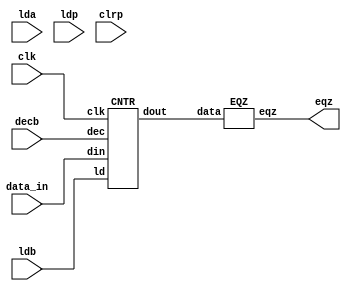
module MUL_datapath (eqz,lda,ldb,ldp,clrp,decb,data_in,clk);
    input lda,ldb,ldp,clrp,decb,clk;
    input [15:0]data_in;
    output eqz;
    wire [15:0] x,y,z,bout,bus;

    PIPO1 A (y,data_in,lda,clk);
    PIPO2 P (z,x,ldp,clrp,clk);
    CNTR B (bout,data_in,ldb,decb,clk);
    ADD AD (x,y,z);
    EQZ COMP (eqz,bout); 
endmodule



module control_circuitry (lda,ldb,ldp,clrp,decb,done,clk,eqz,start);
    input clk,start,eqz;
    output reg lda,ldb,ldp,clrp,decb,done;

    reg [2:0]state;
    parameter S0 =3'b000, S1 =3'b001, S2 =3'b010, S3 =3'b011, S4 =3'b100 ;

    always @(posedge clk) begin
        case (state)
            S0: if (start) state <= S1;
            S1: state <= S2;
            S2: state <= S3;
            S3: #2 if (eqz) state <= S4;
            S4: state <= S4;
            default: state <= S0; 
        endcase
    end

    always @(state) begin
        case (state)
            S0: begin
                    #1 lda=0; ldb=0; ldp=0; clrp=0; decb=0;
                end
            
            S1: begin
                    #1 lda=1;
                end
           
            S2: begin
                    #1 lda=0; ldb=1; clrp=1;
                end
           
            S3: begin
                    #1 ldb=0; ldp=1; clrp=0; decb=1;
                end
            
            S4: begin
                    #1 done=1; ldb=0; ldp=0; clrp=0; decb=0;
                end
            
            default: begin
                #1 lda=0; ldb=0; ldp=0; clrp=0; decb=0;
                end
        endcase
    end
    
endmodule



module PIPO1 (dout,din,ld,clk);
    input [15:0]din;
    input ld,clk;
    output reg [15:0]dout;
    
    always @(posedge clk)
    if (ld) dout <= din;
endmodule

module PIPO2 (dout,din,ld,clr,clk);
    input [15:0]din;
    input ld,clk,clr;
    output reg [15:0]dout;

    always @(posedge clk)
    if (clr) dout <= 16'b0;
    else if (ld) dout <= din;
endmodule

module ADD (out,in1,in2);
    input [15:0]in1,in2;
    output reg [15:0]out;

    always @(*) begin
        out = in1 + in2;
    end
endmodule

module EQZ (eqz,data);
    input [15:0]data;
    output eqz;

    assign eqz = (data==0);
endmodule

module CNTR (dout,din,ld,dec,clk);
    input [15:0]din;
    input ld,dec,clk;
    output reg [15:0]dout;

    always @(posedge clk) begin
        if (ld) dout <= din;
        else if (dec) dout <= dout - 1;
    end
endmodule